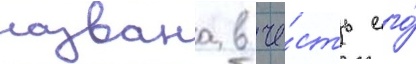
названа в че́сть его́